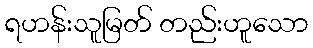
ရဟန်းသူမြတ် တည်းဟူသော